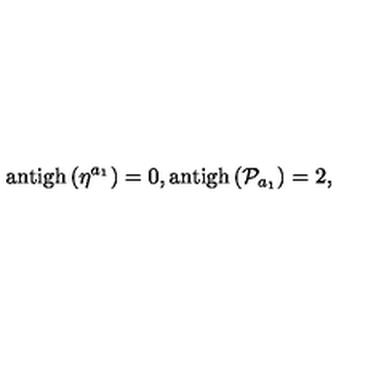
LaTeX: \mathrm { a n t i g h } \left( \eta ^ { a _ { 1 } } \right) = 0 , \mathrm { a n t i g h } \left( \mathcal { P } _ { a _ { 1 } } \right) = 2 ,